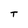
Character: T